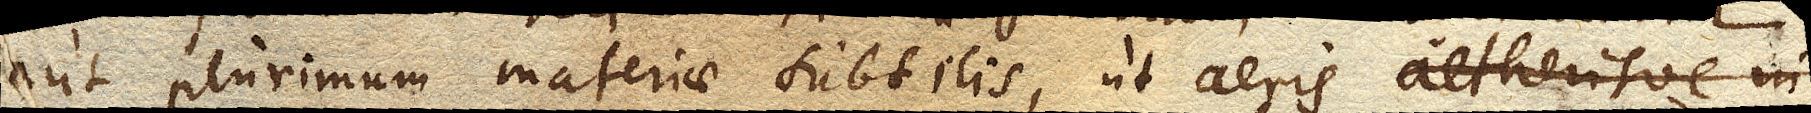
aut plurimum materiae subtilis, ut aeris